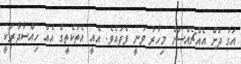
އަގު ދަށް އެއްޗެއްސަށް މިހާރު ވަނީ ވެފައެވެ. އެއީ އެތަކެތީގެ އެއް ހިއްސާދާރަކީ